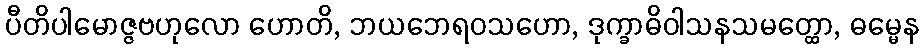
ပီတိပါမောဇ္ဇဗဟုလော ဟောတိ, ဘယဘေရဝသဟော, ဒုက္ခာဓိဝါသနသမတ္ထော, ဓမ္မေန